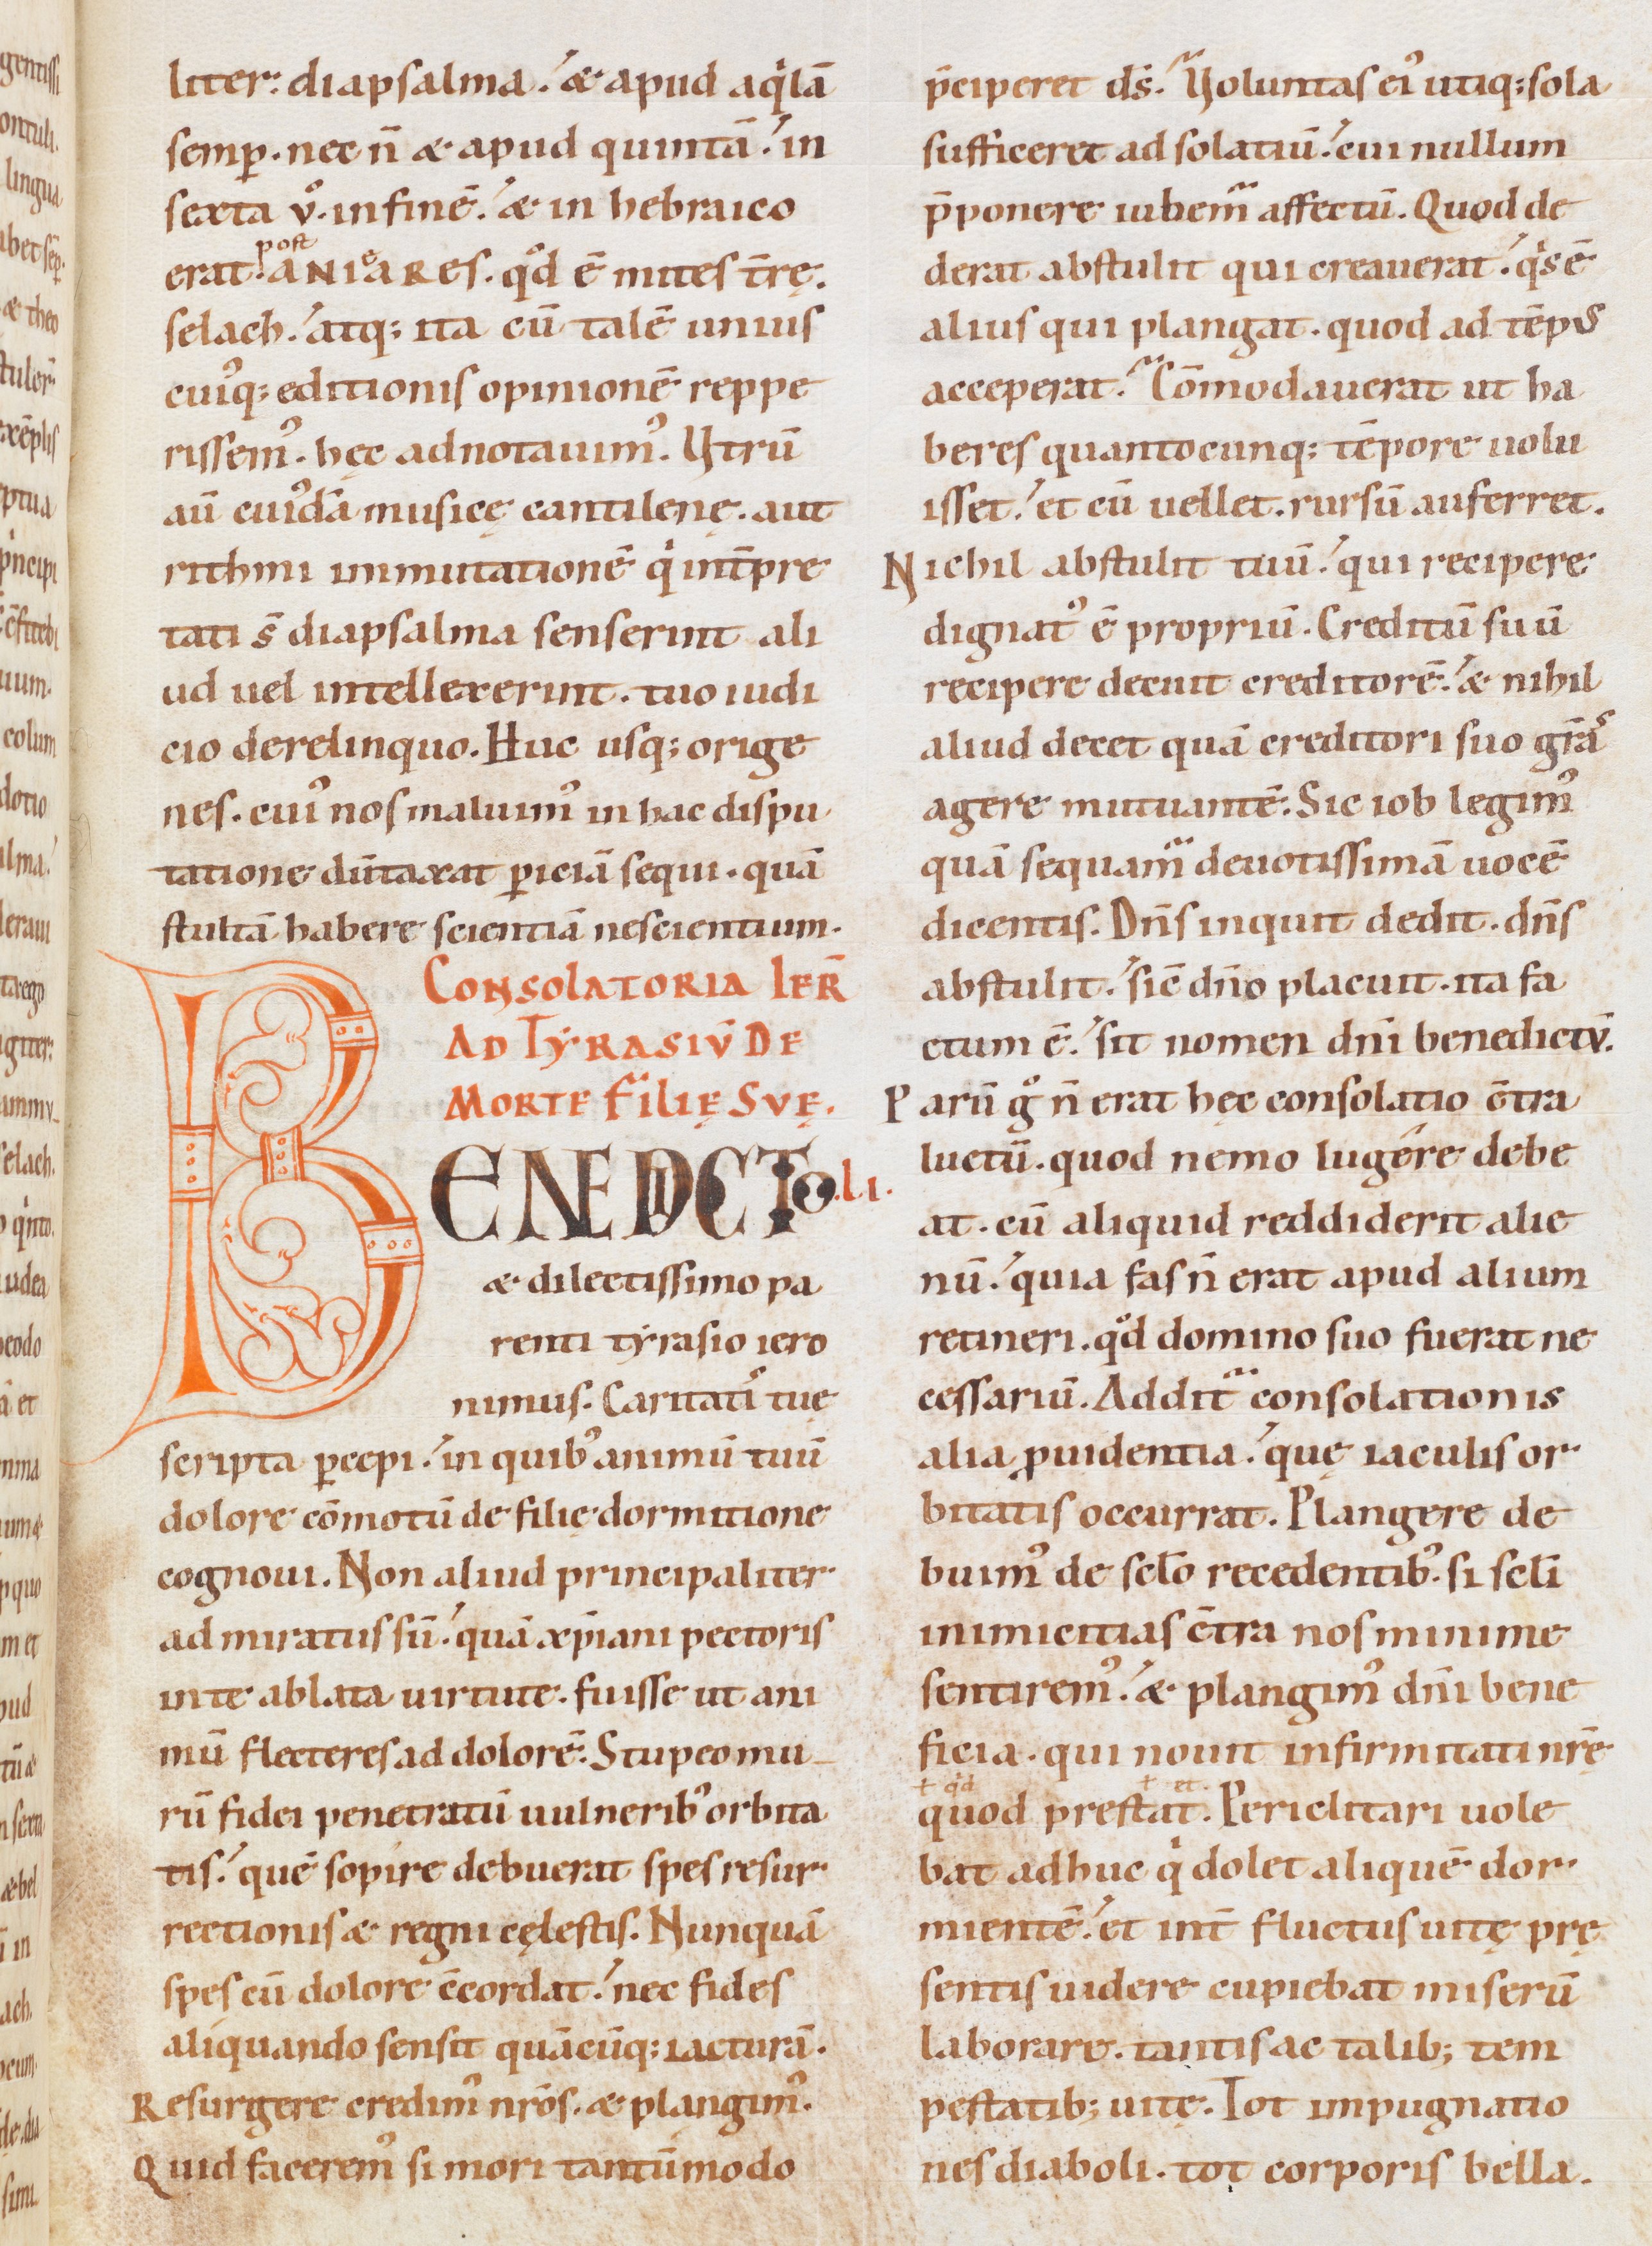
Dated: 1085–1115